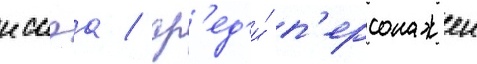
иссэа / ср'ед'и́ п'ерсонажеи